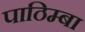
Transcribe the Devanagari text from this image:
पाठिम्बा